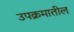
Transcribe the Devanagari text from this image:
उपक्रमातील